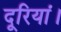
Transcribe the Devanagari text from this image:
दूरियां।